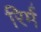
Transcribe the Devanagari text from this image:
रिर्म